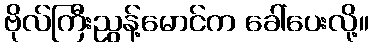
ဗိုလ်ကြီးညွန့်မောင်က ခေါ်ပေးလို့။